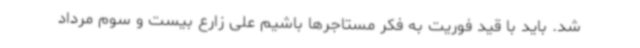
شد. باید با قید فوریت به فکر مستاجرها باشیم علی زارع بیست و سوم مرداد